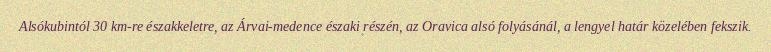
Alsókubintól 30 km-re északkeletre, az Árvai-medence északi részén, az Oravica alsó folyásánál, a lengyel határ közelében fekszik.